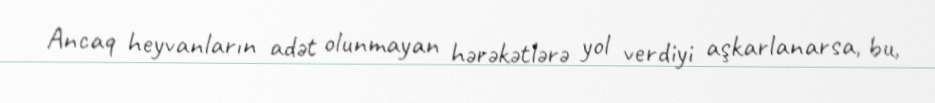
Ancaq heyvanların adət olunmayan hərəkətlərə yol verdiyi aşkarlanarsa, bu,